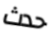
حدث